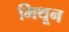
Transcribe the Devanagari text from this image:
मिथून